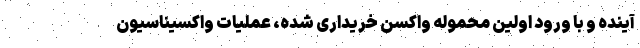
آینده و با ورود اولین محموله واکسن خریداری شده، عملیات واکسیناسیون